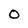
Character: 0